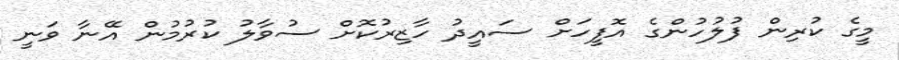
މީގެ ކުރިން ފުލުހުންގެ އޮފީހަށް ސައީދު ހާޒިރުކޮށް ސުވާލު ކުރުމުން އޭނާ ވަނީ